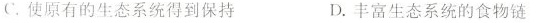
C.使原有的生态系统得到保持 D.丰富生态系统的食物链